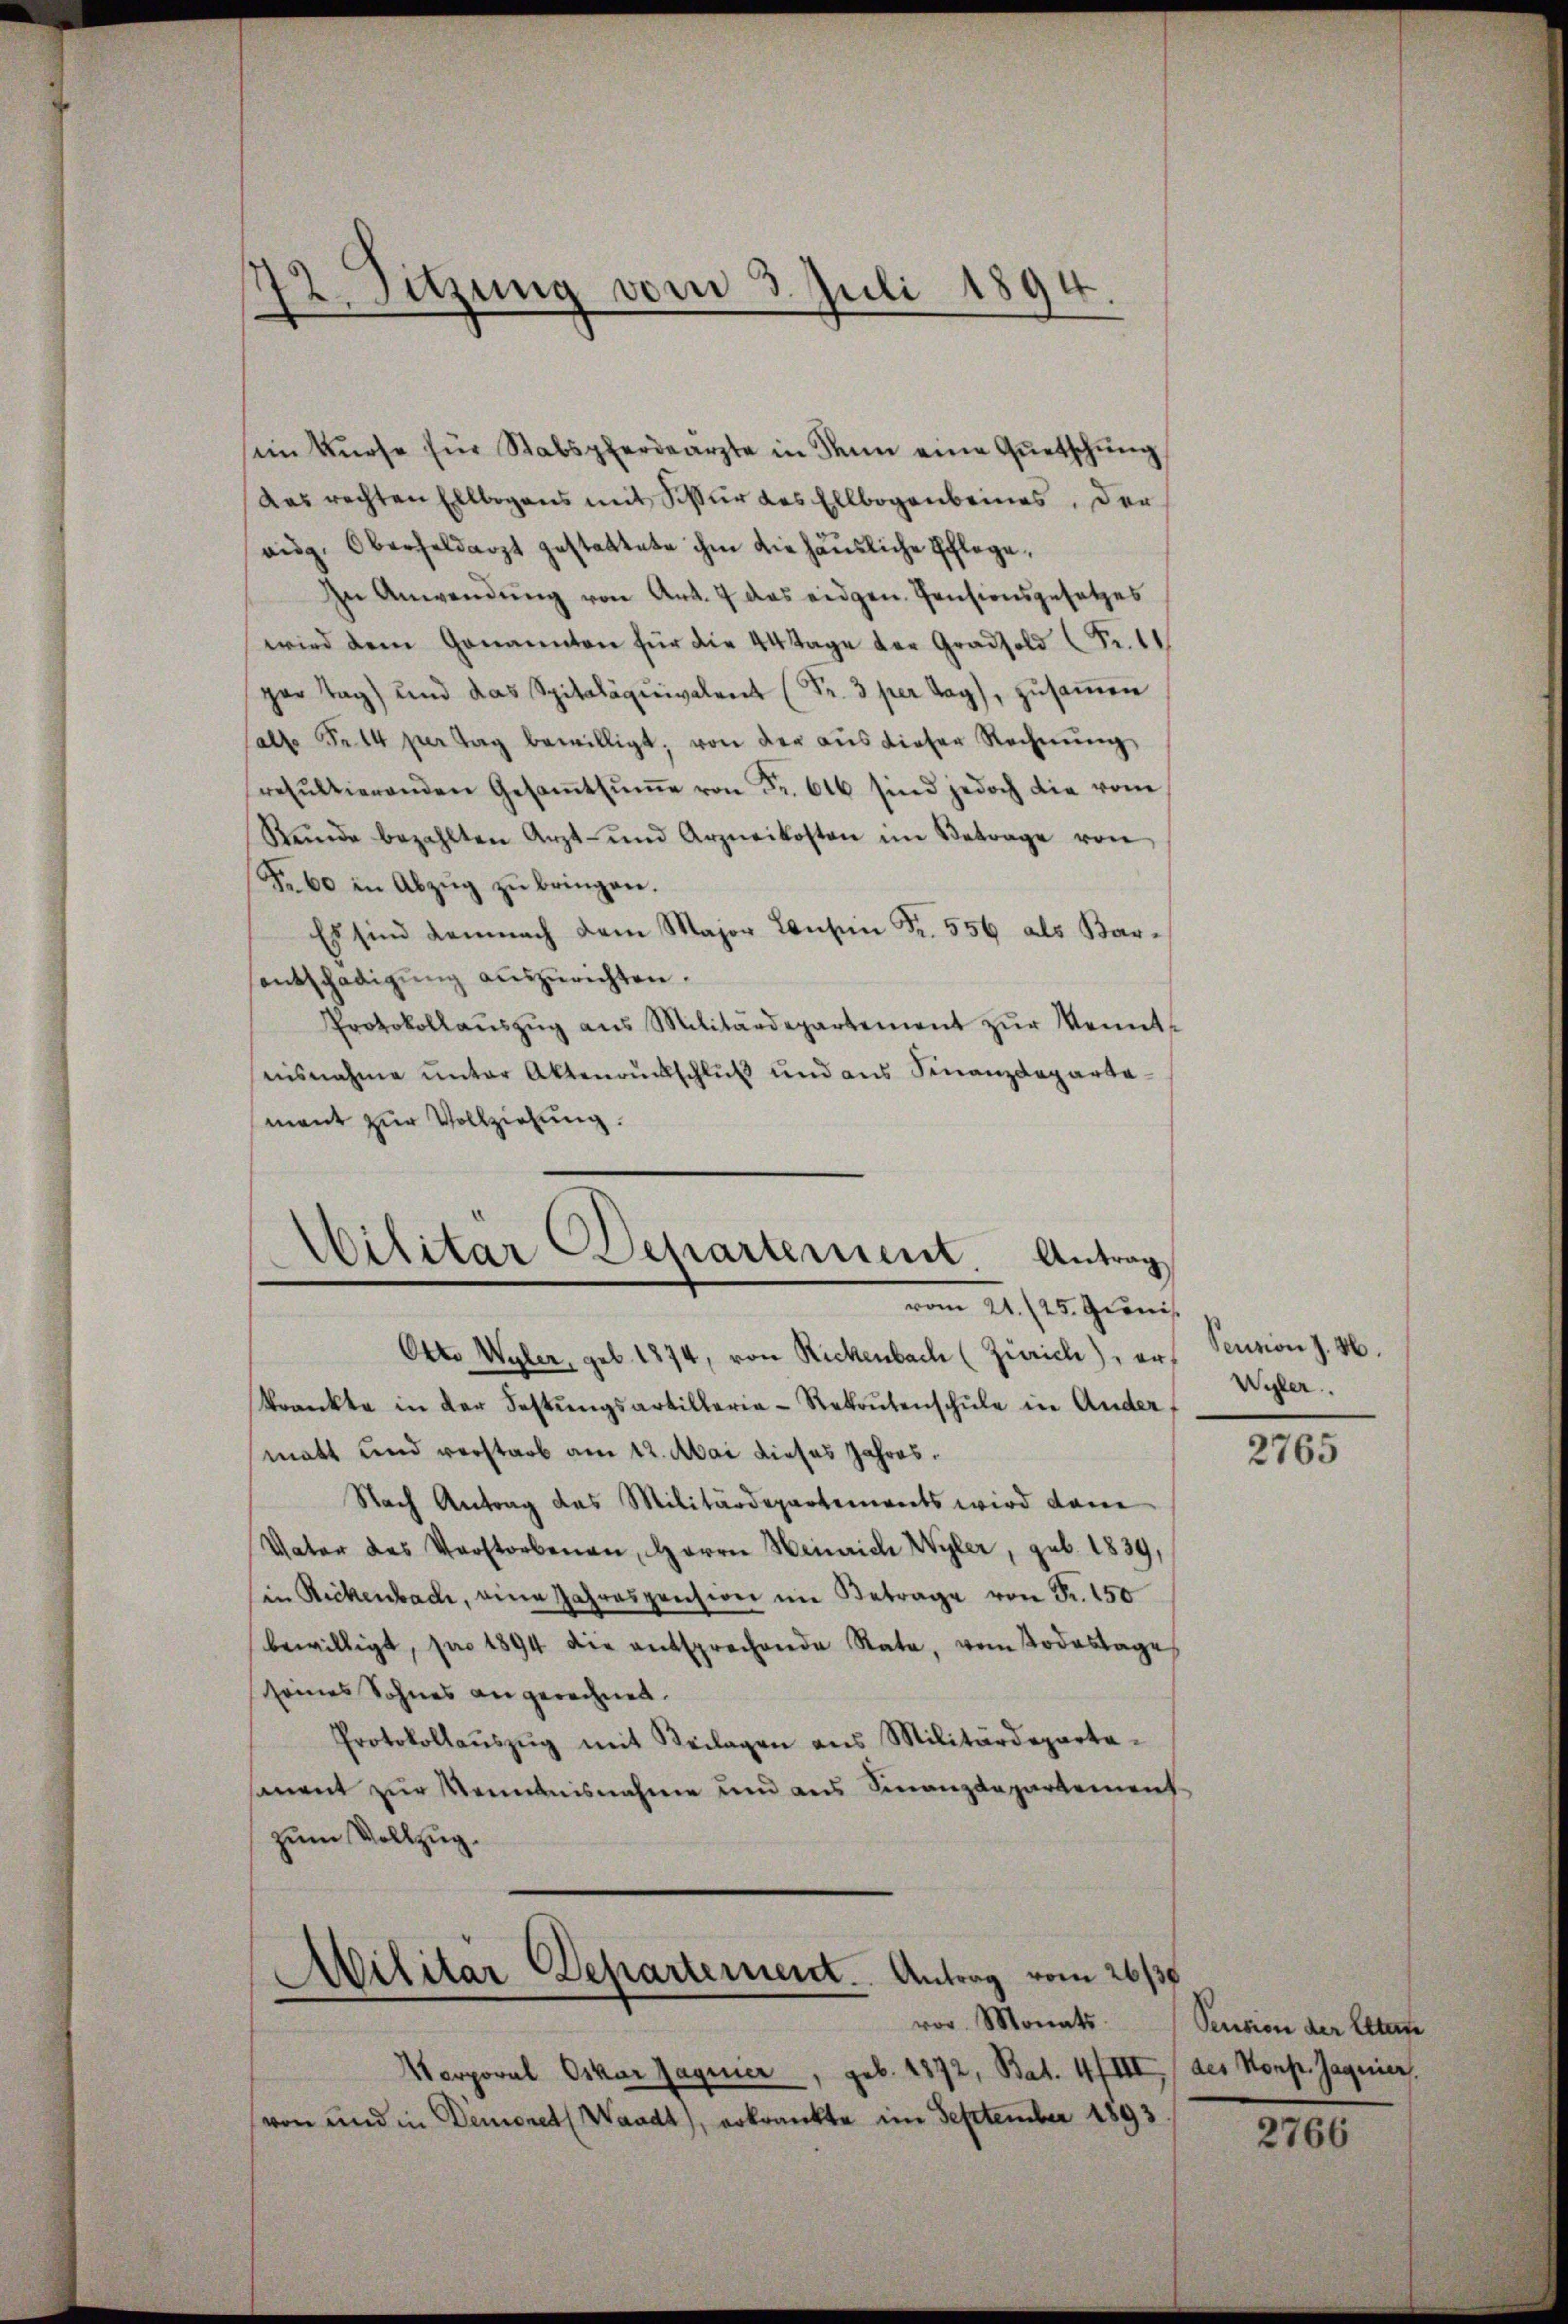
im Kurse für Stabspferdearzte in denn eine Quetschung
Das rechten Ellbogens mit Sisur des Ellbogenbeines, der
aig. Oberheldarzt gestattete ihm die häusliche Schlage,
In Anwendung von Art. 7 das eidgen. Pensionsgesetzes
wird dem Genannten für die 44 Tage der Gradsold Fr. 11
par Tag und das Spitalquivalent Fr. 3 per lag, zŭsaṁen
salte Fr. 14 per Tag bewilligt, von der aŭs dieser Rechnŭng
resŭltierenden Gesaṁtsŭṁe von Fr. 616 sind jedoch die vom
Kunde bezahlten Arzt- und Arzneikosten im Betrage von
Fr. 60 in Abzug zu bringen.
Es sind demnach dem Major Konsen Fr. 556 als Barsentschädigung auszurichten.
Protokollaŭszŭg aŭs Militärdepartement zŭr Kennt-
misnahme unter Aktenrückschluß und aus Finanzdepartamant zur Vollziehung.

12. Sitzung vom 3. Juli 1894

Militar Departement. Antrag
vom 21. (25. Gionis.
Otto Wyler, geb. 1874, von Rickenbach (Zürich), er¬

krankte in der Festŭngsartillerie-Rekontenschŭle in Ander
matt und verstarb am 12. Mai dieses Jahres.
Nach Antrag das Militärdepartements wird dann
Vater des Verstorbenen, Herrn Heinrich Wyler, geb. 1839,
in Rickenbach, eine Jahrespension im Betrage von Fr. 150
bewilligt, pro 1894 die entsprechende Rata, vom Todestage
seines Sohnes angerechnet.
Protokollaŭszŭg mit Beilagen ans Militärdeparte-
sament zur Kenntnisnahme und aus Finanzdepartement
zum Vollzug.

Militär Departement. Antrag vom 26/38
vor. Monats.

Marporal Oskar Jagnier, geb. 1872, Bat. 47 III / des Komp. Jagnier.
von und in Demoneth Waadt), erkrankte im September 1893.

Sention J. M.
Wyler

2765

Pension der Elterne

2766